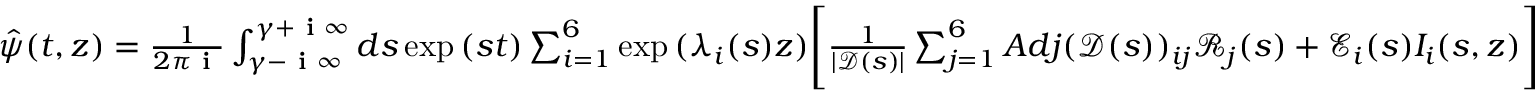
\begin{array} { r } { \hat { \psi } ( t , z ) = \frac { 1 } { 2 \pi \textbf { i } } \int _ { \gamma - \textbf { i } \infty } ^ { \gamma + \textbf { i } \infty } d s \exp { ( s t ) } \sum _ { i = 1 } ^ { 6 } \exp { ( \lambda _ { i } ( s ) z ) } \Bigg [ \frac { 1 } { | \mathscr { D } ( s ) | } \sum _ { j = 1 } ^ { 6 } A d j ( \mathscr { D } ( s ) ) _ { i j } \mathscr { R } _ { j } ( s ) + \mathscr { E } _ { i } ( s ) I _ { i } ( s , z ) \Bigg ] } \end{array}